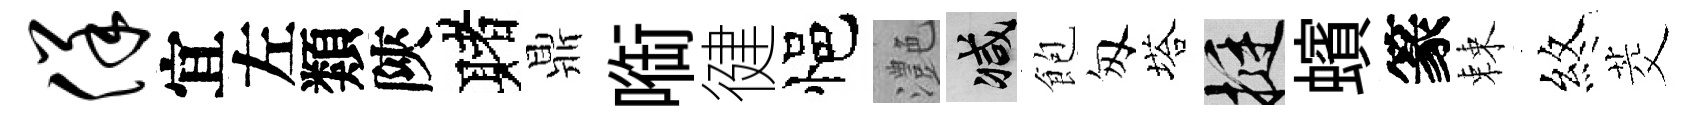
佯宜左類陝赌鼎㗸徤悒灔减飽匆塔挺蠙篆棘煞茭